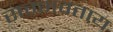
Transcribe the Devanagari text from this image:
सम्भवताय